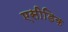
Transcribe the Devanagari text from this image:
एसीडिक